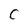
Character: C